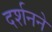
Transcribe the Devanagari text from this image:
दर्शनने